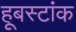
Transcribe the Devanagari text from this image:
हूबस्टांक